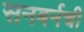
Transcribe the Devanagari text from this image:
सनबर्नची